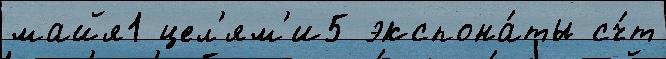
майя1 цел'ям'и5 экспона́ты сч́т